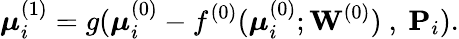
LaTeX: \boldsymbol{\mu}_{i}^{(1)}=g(\boldsymbol{\mu}_{i}^{(0)}-f^{(0)}(\boldsymbol{\mu}_{i}^{(0)};{\mathbf W}^{(0)})~,~\mathbf{P}_{i}).